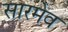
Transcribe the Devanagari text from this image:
सारमेव